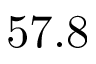
5 7 . 8